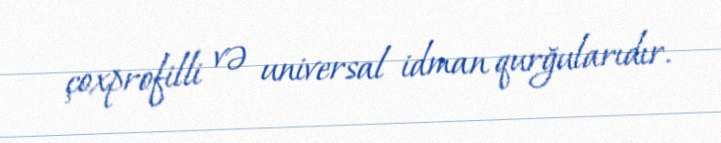
çoxprofilli və universal idman qurğularıdır.